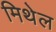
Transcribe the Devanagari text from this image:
मिथेल